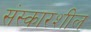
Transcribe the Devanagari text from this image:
संस्कारशील